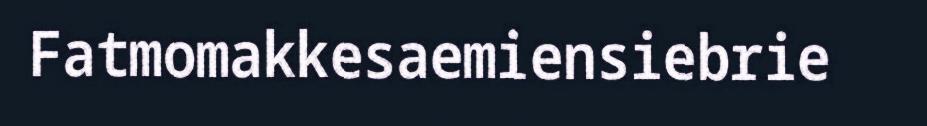
Fatmomakkesaemiensiebrie